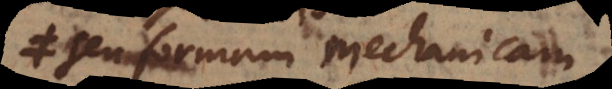
seu formam mechanicam